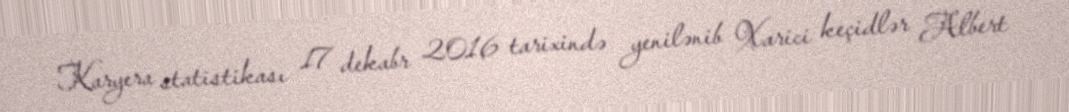
Karyera statistikası 17 dekabr 2016 tarixində yenilənib Xarici keçidlər Albert